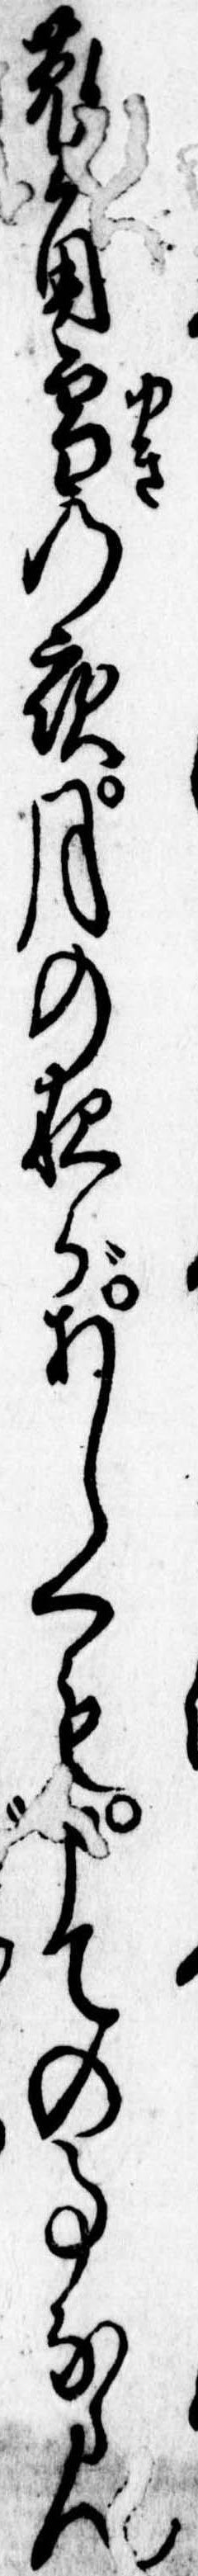
菟角雪の夜月の夜があしくも申ての事ならん